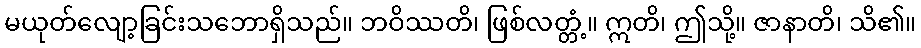
မယုတ်လျော့ခြင်းသဘောရှိသည်။ ဘဝိဿတိ၊ ဖြစ်လတ္တံ့။ ဣတိ၊ ဤသို့။ ဇာနာတိ၊ သိ၏။